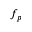
f _ { p }